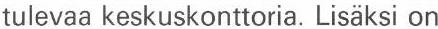
tulevaa keskuskonttoria. Lisäksi on